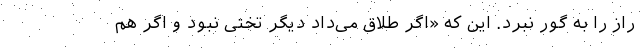
راز را به گور نبرد. این که «اگر طلاق می‌داد دیگر تختی نبود و اگر هم